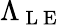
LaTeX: \Lambda_{\mathrm{~L~E~}}